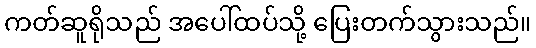
ကတ်ဆူရိုသည် အပေါ်ထပ်သို့ ပြေးတက်သွားသည်။